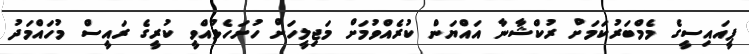
ޕީއައިސީގެ މެމްބަރުކަމަށް ރުކްޝާނާ އައްޔަން ކުރެއްވުމަށް މަޖިލީހަށް ހުށަހެޅުއްވީ ކުރީގެ ރައީސް މުހައްމަދު